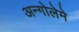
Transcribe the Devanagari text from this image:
अन्गोलेमे